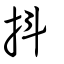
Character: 抖